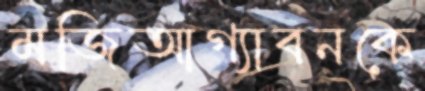
মজিআগ্যাবনকে